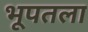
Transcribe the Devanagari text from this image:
भूपतला